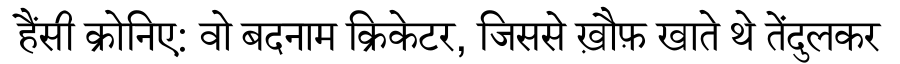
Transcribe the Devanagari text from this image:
हैंसी क्रोनिए: वो बदनाम क्रिकेटर, जिससे ख़ौफ़ खाते थे तेंदुलकर